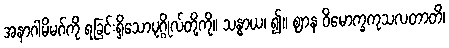
အနာဂါမိမဂ်ကို ရခြင်းရှိသောပုဂ္ဂိုလ်တို့ကို။ သန္ဓာယ၊ ၍။ ဈာန ဝိမောက္ခကုသလတာတိ၊